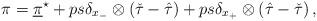
LaTeX: \begin{align*} \pi &= \underline \pi^\star + p s \delta_{x_-}\otimes\left(\check\tau- \hat\tau \right) + p s \delta_{x_+}\otimes\left(\hat\tau-\check\tau \right),\end{align*}